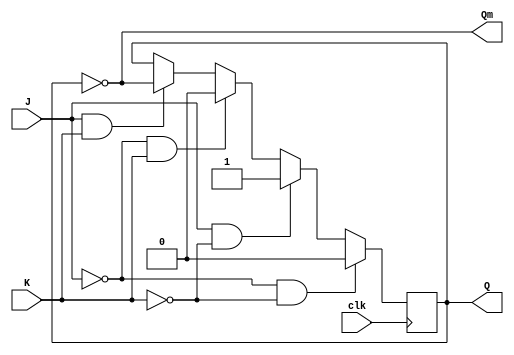
`timescale 1ns / 10ps
module jkff(J, K, clk, Q, Qm);
input J, K, clk;
output reg Q;
output Qm;
always @(posedge clk)
begin
if(J == 0 && K == 0)
Q <= 0;
else if(J == 1 && K == 0)
Q <= 1;
else if(J == 0 && K == 1)
Q <= 0;
else if(J == 1 && K == 1)
Q <= ~Q;
end
assign Qm = ~Q;
endmodule